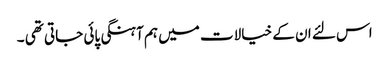
اس لئے ان کے خیالات میں ہم آہنگی پائی جاتی تھی ۔